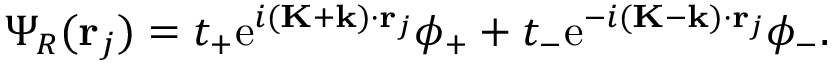
\Psi _ { R } ( \mathbf { r } _ { j } ) = t _ { + } \mathrm { e } ^ { i ( \mathbf { K } + \mathbf { k } ) \cdot \mathbf { r } _ { j } } \phi _ { + } + t _ { - } \mathrm { e } ^ { - i ( \mathbf { K } - \mathbf { k } ) \cdot \mathbf { r } _ { j } } \phi _ { - } .